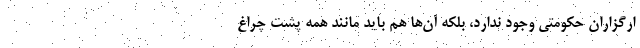
ارگزاران حکومتی وجود ندارد، بلکه آن‌ها هم باید مانند همه پشت چراغ